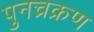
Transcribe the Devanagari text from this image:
पुनच्रक्रण